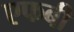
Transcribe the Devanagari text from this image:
एफबी